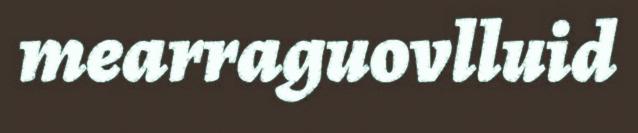
mearraguovlluid